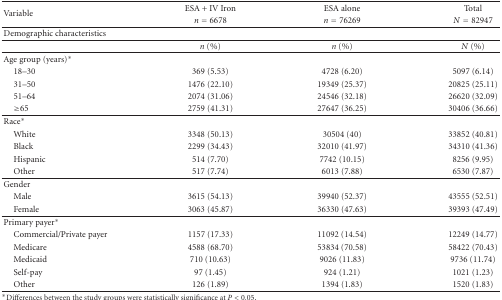
<table><thead><tr><td rowspan="2"><b>Variable</b></td><td><b>ESA + IV Iron</b></td><td><b>ESA alone</b></td><td><b> Total</b></td></tr><tr><td><b><i>n</i> = 6678</b></td><td><b><i>n</i> = 76269</b></td><td><b><i>N</i> = 82947</b></td></tr></thead><tbody><tr><td>Demographic characteristics</td><td></td><td></td><td></td></tr><tr><td></td><td><i>n</i> (%)</td><td><i>n</i> (%)</td><td><i>N</i> (%)</td></tr><tr><td>Age group (years)*</td><td></td><td></td><td></td></tr><tr><td> 18–30</td><td>369 (5.53)</td><td>4728 (6.20)</td><td>5097 (6.14)</td></tr><tr><td> 31–50</td><td>1476 (22.10)</td><td>19349 (25.37)</td><td>20825 (25.11)</td></tr><tr><td> 51–64</td><td>2074 (31.06)</td><td>24546 (32.18)</td><td>26620 (32.09)</td></tr><tr><td> ≥65</td><td>2759 (41.31)</td><td>27647 (36.25)</td><td>30406 (36.66)</td></tr><tr><td>Race*</td><td></td><td></td><td></td></tr><tr><td> White</td><td>3348 (50.13)</td><td>30504 (40)</td><td>33852 (40.81)</td></tr><tr><td> Black</td><td>2299 (34.43)</td><td>32010 (41.97)</td><td>34310 (41.36)</td></tr><tr><td> Hispanic</td><td>514 (7.70)</td><td>7742 (10.15)</td><td>8256 (9.95)</td></tr><tr><td> Other</td><td>517 (7.74)</td><td>6013 (7.88)</td><td>6530 (7.87)</td></tr><tr><td>Gender</td><td></td><td></td><td></td></tr><tr><td> Male</td><td>3615 (54.13)</td><td>39940 (52.37)</td><td>43555 (52.51)</td></tr><tr><td> Female</td><td>3063 (45.87)</td><td>36330 (47.63)</td><td>39393 (47.49)</td></tr><tr><td>Primary payer*</td><td></td><td></td><td></td></tr><tr><td> Commercial/Private payer</td><td>1157 (17.33)</td><td>11092 (14.54)</td><td>12249 (14.77)</td></tr><tr><td> Medicare</td><td>4588 (68.70)</td><td>53834 (70.58)</td><td>58422 (70.43)</td></tr><tr><td> Medicaid</td><td>710 (10.63)</td><td>9026 (11.83)</td><td>9736 (11.74)</td></tr><tr><td> Self-pay</td><td> 97 (1.45)</td><td> 924 (1.21)</td><td> 1021 (1.23)</td></tr><tr><td> Other</td><td>126 (1.89)</td><td>1394 (1.83)</td><td>1520 (1.83)</td></tr></tbody></table>